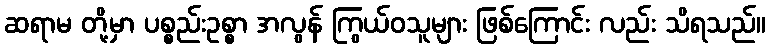
ဆရာမ တို့မှာ ပစ္စည်းဥစ္စာ အလွန် ကြွယ်ဝသူများ ဖြစ်ကြောင်း လည်း သိရသည်။